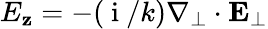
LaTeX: E_{\mathbf{z}}=-(\mathrm{{~i~}}/k)\nabla_{\perp}\cdot\mathbf{{E}}_{\perp}